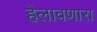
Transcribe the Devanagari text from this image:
हेलावणारा